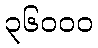
၃၆၀၀၀